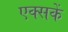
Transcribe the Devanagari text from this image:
एक्सकें